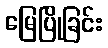
မြေပြိုခြင်း